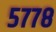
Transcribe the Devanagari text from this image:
५७७८